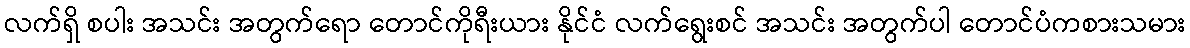
လက်ရှိ စပါး အသင်း အတွက်ရော တောင်ကိုရီးယား နိုင်ငံ လက်ရွေးစင် အသင်း အတွက်ပါ တောင်ပံကစားသမား